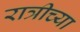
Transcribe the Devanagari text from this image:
रात्रीच्या